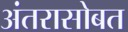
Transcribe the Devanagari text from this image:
अंतरासोबत